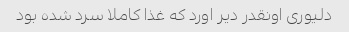
دلیوری اونقدر دیر اورد که غذا کاملا سرد شده بود